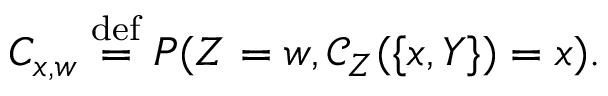
C _ { x , w } \stackrel { \mathrm { d e f } } { = } P ( Z = w , \mathcal { C } _ { Z } ( \{ x , Y \} ) = x ) .